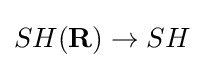
SH(\mathbf {R} )\to SH